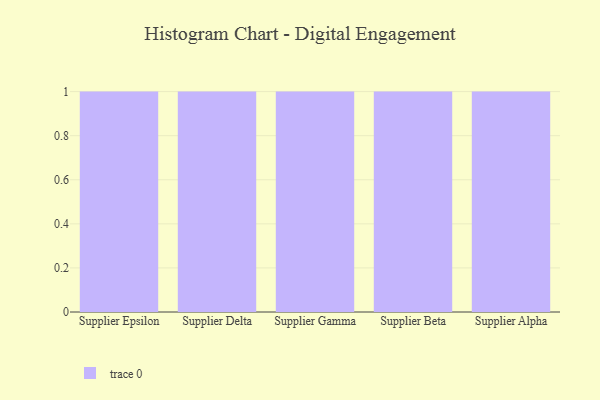
{"axis": {"x": "Supplier", "y": "Customer Acquisition Cost (USD)"}, "legend": [""], "data": [{"x": "Supplier Epsilon", "y": 29, "type": ""}, {"x": "Supplier Delta", "y": 88, "type": ""}, {"x": "Supplier Gamma", "y": 49, "type": ""}, {"x": "Supplier Beta", "y": 35, "type": ""}, {"x": "Supplier Alpha", "y": 2, "type": ""}]}